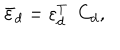
LaTeX: { \bar { \varepsilon } _ { d } } = \varepsilon _ { d } ^ { T } \ \ C _ { d } ,